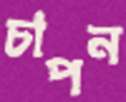
চাপন